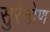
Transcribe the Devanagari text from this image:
सुरेन्द्रेण